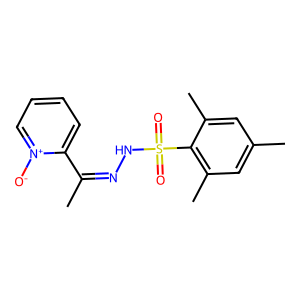
SMILES: CC(=NNS(=O)(=O)c1c(C)cc(C)cc1C)c1cccc[n+]1[O-]
Inhibits HIV replication: No